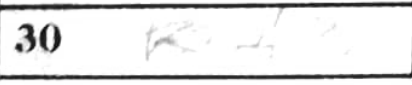
Transcription: Kf3